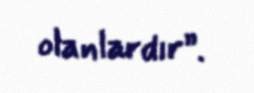
olanlardır”.